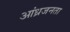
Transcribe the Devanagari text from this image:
आंध्रजनता